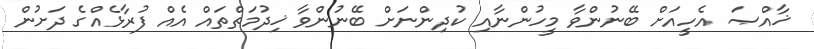
ޚާއްޞަ އެހީއަށް ބޭނުންވާ މީހުންނާއި ކުދިންނަށް ބޭނުންވާ ޚިދުމަތްތައް އެއް ފުރާޅެއްގެ ދަށުން